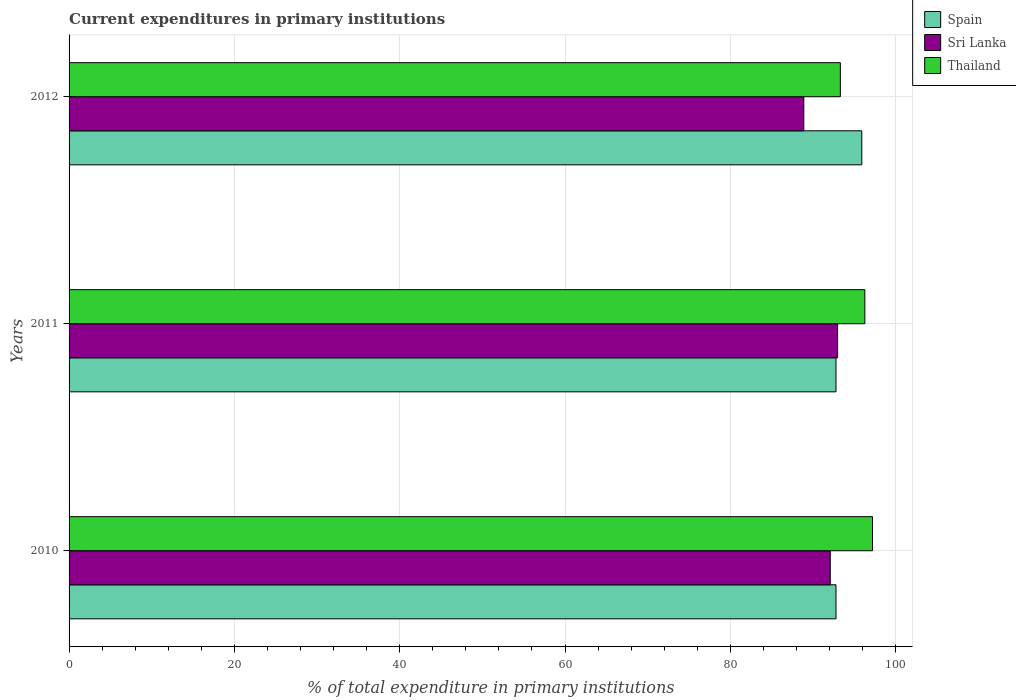
| Years | Spain | Sri Lanka | Thailand |
 | --- | --- | --- | --- |
 | 2010 | 92.8 | 92.1 | 97.2 |
 | 2011 | 92.8 | 93 | 96.3 |
 | 2012 | 95.9 | 88.9 | 93.3 |